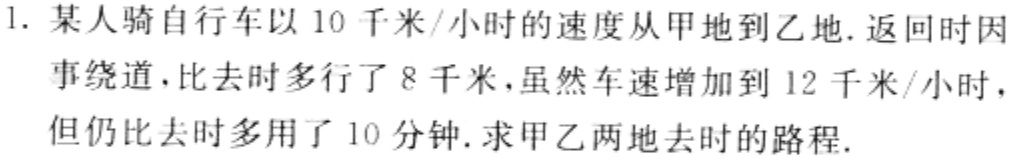
1. 某人骑自行车以 10 千米/小时的速度从甲地到乙地.返回时因事绕道，比去时多行了 8 千米，虽然车速增加到 12 千米/小时，但仍比去时多用了 10 分钟.求甲乙两地去时的路程.